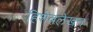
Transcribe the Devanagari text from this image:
हिशेबलेखन